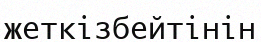
жеткізбейтінін